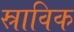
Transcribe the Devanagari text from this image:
स्राविक